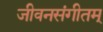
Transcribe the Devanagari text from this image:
जीवनसंगीतम्